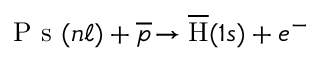
{ \mathrm { ~ P ~ s ~ } ( n \ell ) + \overline { { p } } \! \rightarrow \overline { { \mathrm { H } } } ( 1 s ) + e ^ { - } }